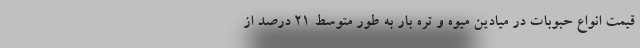
قیمت انواع حبوبات در میادین میوه و تره بار به طور متوسط 21 درصد از